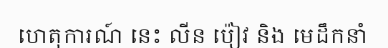
ហេតុការណ៍ នេះ លីន ប៉ៀវ និង មេដឹកនាំ